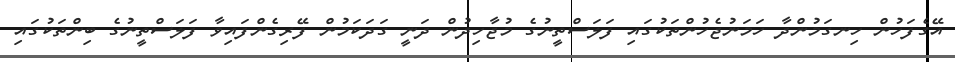
އޭގެފަހުން ހިނގަމުންދާ ހަމަނުޖެހުންތަކުގައި ފަލަސްތީނުގެ މުޖާހިދުން ދަނީ ގަދަކަމުން ފޭރިގެންފައިވާ ފަލަސްތީނުގެ ބިންތަކުގައި